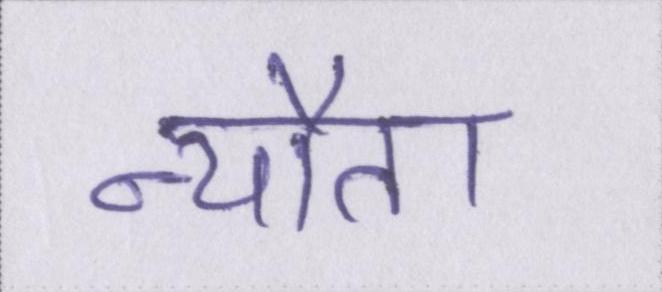
न्यौता